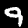
Digit: 9